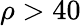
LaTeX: \rho>40